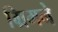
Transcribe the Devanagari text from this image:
ग्रिमने